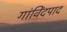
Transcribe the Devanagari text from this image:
गांविंदपाद